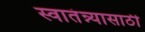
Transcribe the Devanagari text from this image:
स्वातंन्न्यासाठी